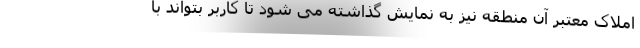
املاک معتبر آن منطقه نیز به نمایش گذاشته می شود تا کاربر بتواند با